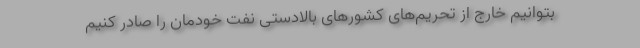
بتوانیم خارج از تحریم‌های کشورهای بالادستی نفت خودمان را صادر کنیم